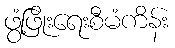
ဖွံ့ဖြိုးရေးစီမံကိန်း